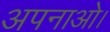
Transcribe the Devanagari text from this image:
अपनाओ।